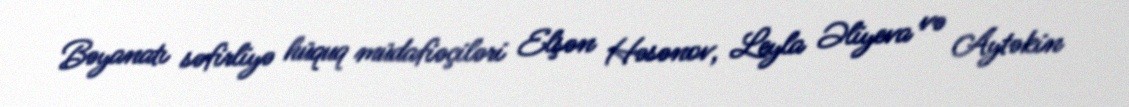
Bəyanatı səfirliyə hüquq müdafiəçiləri Elşən Həsənov, Leyla Əliyeva və Aytəkin